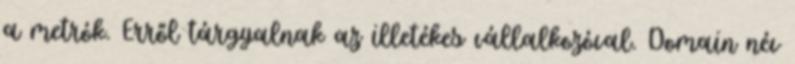
a metrók. Erről tárgyalnak az illetékes vállalkozóval. Domain név